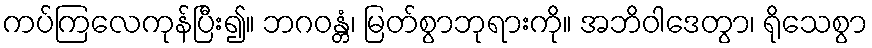
ကပ်ကြလေကုန်ပြီး၍။ ဘဂဝန္တံ၊ မြတ်စွာဘုရားကို။ အဘိဝါဒေတွာ၊ ရိုသေစွာ